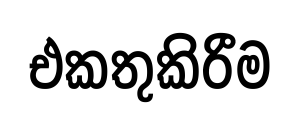
එකතුකිරීම